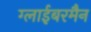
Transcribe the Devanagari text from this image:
ग्लाईबरमैन